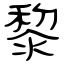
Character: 黎